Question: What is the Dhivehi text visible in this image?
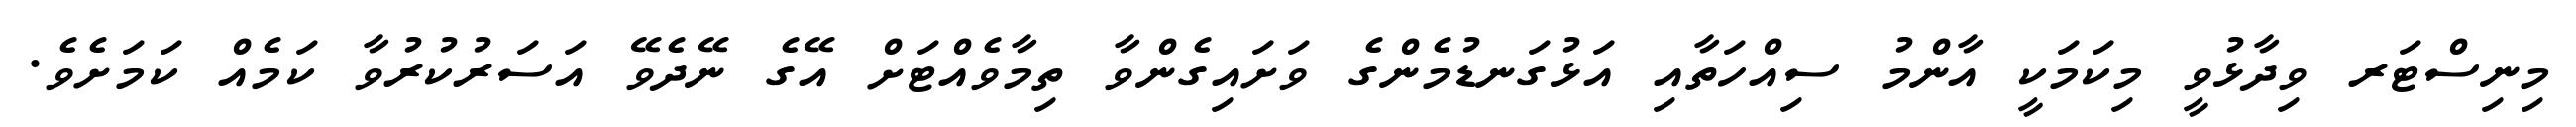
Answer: މިނިސްޓަރ ވިދާޅުވީ މިކަމަކީ އާންމު ސިއްހަތާއި އަޅުގަނޑުމެންގެ ވަށައިގެންވާ ތިމާވެއްޓަށް އޭގެ ނޭދެވޭ އަސަރުކުރުވާ ކަމެއް ކަމަށެވެ.